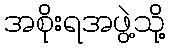
အစိုးရအဖွဲ့သို့